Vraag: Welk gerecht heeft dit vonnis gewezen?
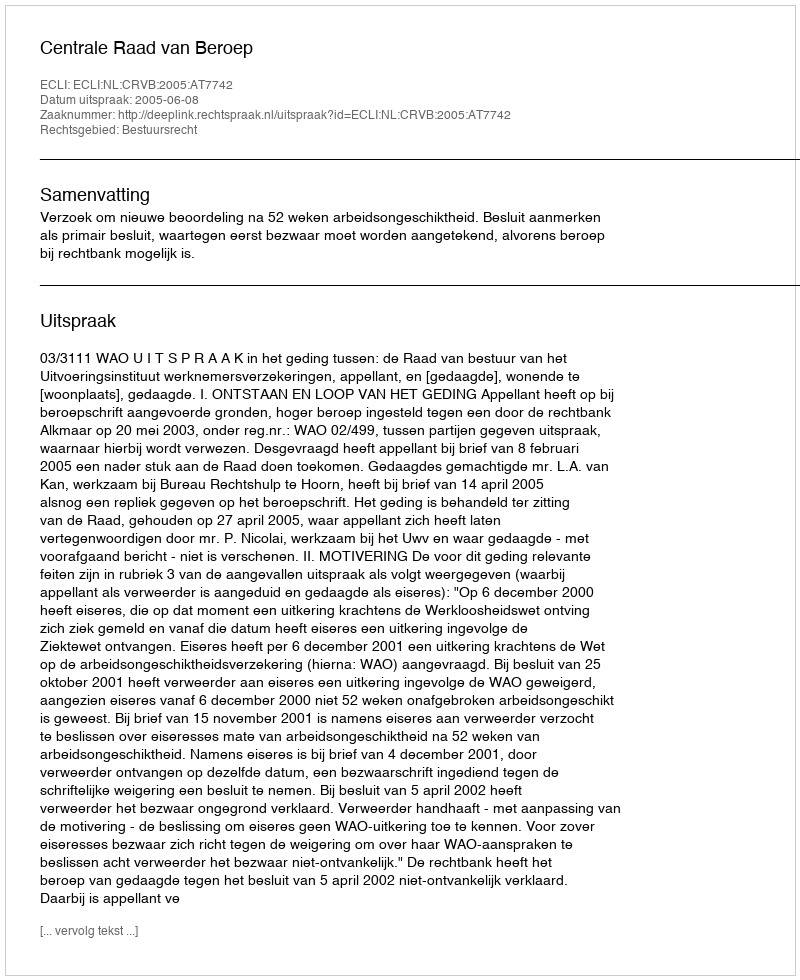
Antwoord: Centrale Raad van Beroep